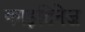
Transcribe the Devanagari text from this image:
काइटिनेज